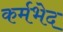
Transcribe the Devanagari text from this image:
कर्मभेद